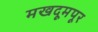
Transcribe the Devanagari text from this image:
मखदूमपूर